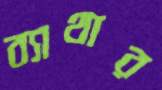
ব্যাথার